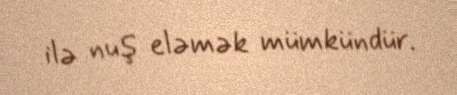
ilə nuş eləmək mümkündür.